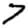
Digit: 7